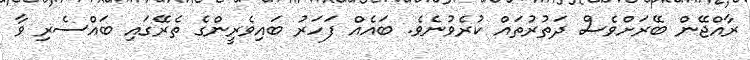
ރާއްޖޭން ބޭރަށްވެސް ދަތުރުތައް ކުރެވުނެވެ. ބައެއް ފަހަރު ބައިވެރީންގެ ތެރޭގައި ބައްސެރި ވާ